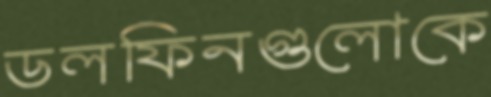
ডলফিনগুলোকে